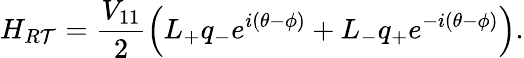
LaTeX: H_{R\mathcal{T}}=\frac{{V_{11}}}{{2}}\left(L_{+}q_{-}e^{i(\theta-\phi)}+L_{-}q_{+}e^{-i(\theta-\phi)}\right).